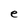
Character: e